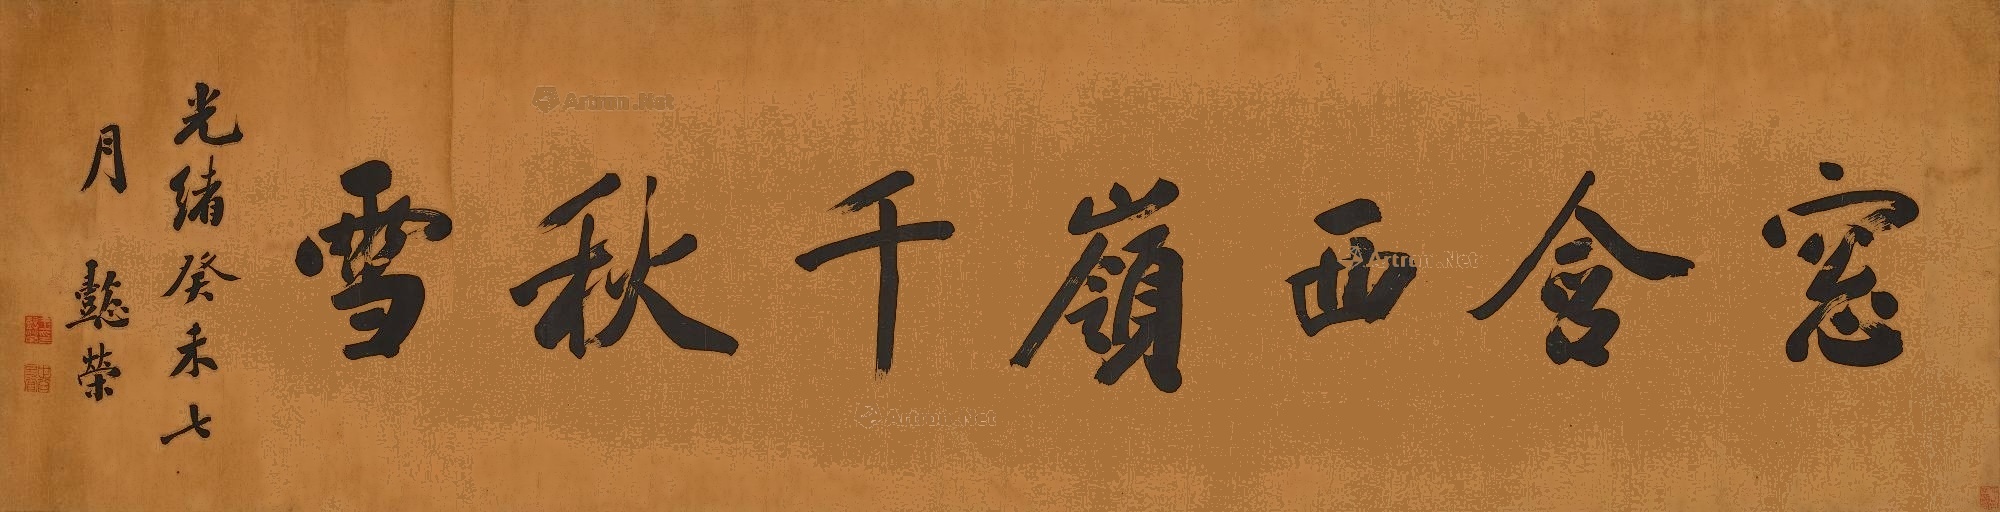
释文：窗含西岭千秋雪。光绪癸未(1883)七月，懿荣。